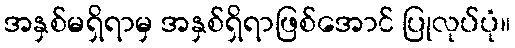
အနှစ်မရှိရာမှ အနှစ်ရှိရာဖြစ်အောင် ပြုလုပ်ပုံ။